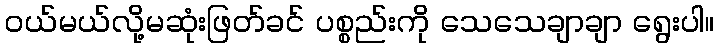
ဝယ်မယ်လို့မဆုံးဖြတ်ခင် ပစ္စည်းကို သေသေချာချာ ရွေးပါ။